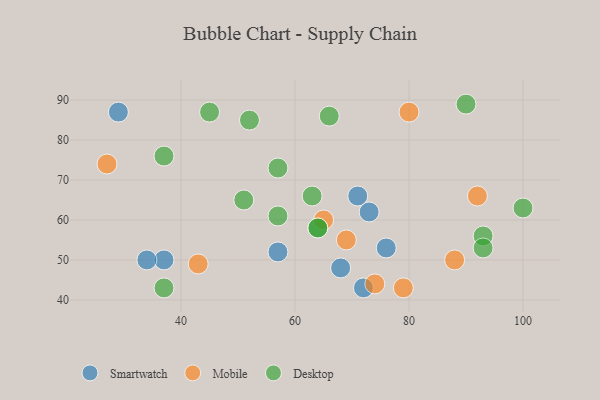
{"axis": {"x": "GDP", "y": "Life Expectancy"}, "legend": ["Desktop", "Mobile", "Smartwatch"], "data": [{"x": "37", "y": 50, "type": "Smartwatch"}, {"x": "68", "y": 48, "type": "Smartwatch"}, {"x": "73", "y": 62, "type": "Smartwatch"}, {"x": "76", "y": 53, "type": "Smartwatch"}, {"x": "71", "y": 66, "type": "Smartwatch"}, {"x": "29", "y": 87, "type": "Smartwatch"}, {"x": "57", "y": 52, "type": "Smartwatch"}, {"x": "72", "y": 43, "type": "Smartwatch"}, {"x": "34", "y": 50, "type": "Smartwatch"}, {"x": "74", "y": 44, "type": "Mobile"}, {"x": "80", "y": 87, "type": "Mobile"}, {"x": "27", "y": 74, "type": "Mobile"}, {"x": "88", "y": 50, "type": "Mobile"}, {"x": "65", "y": 60, "type": "Mobile"}, {"x": "79", "y": 43, "type": "Mobile"}, {"x": "92", "y": 66, "type": "Mobile"}, {"x": "43", "y": 49, "type": "Mobile"}, {"x": "69", "y": 55, "type": "Mobile"}, {"x": "93", "y": 56, "type": "Desktop"}, {"x": "66", "y": 86, "type": "Desktop"}, {"x": "57", "y": 61, "type": "Desktop"}, {"x": "57", "y": 73, "type": "Desktop"}, {"x": "90", "y": 89, "type": "Desktop"}, {"x": "37", "y": 43, "type": "Desktop"}, {"x": "52", "y": 85, "type": "Desktop"}, {"x": "63", "y": 66, "type": "Desktop"}, {"x": "64", "y": 58, "type": "Desktop"}, {"x": "37", "y": 76, "type": "Desktop"}, {"x": "51", "y": 65, "type": "Desktop"}, {"x": "100", "y": 63, "type": "Desktop"}, {"x": "45", "y": 87, "type": "Desktop"}, {"x": "93", "y": 53, "type": "Desktop"}, {"x": "64", "y": 58, "type": "Desktop"}]}